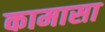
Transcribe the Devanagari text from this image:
कामासा